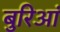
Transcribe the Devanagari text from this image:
बुरिआं